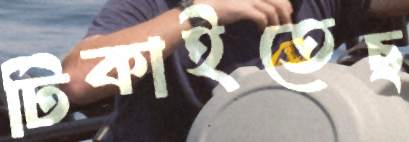
টিকাইতেছ